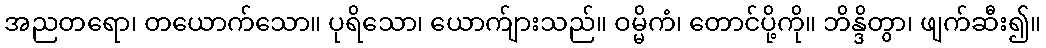
အညတရော၊ တယောက်သော။ ပုရိသော၊ ယောက်ျားသည်။ ဝမ္မိကံ၊ တောင်ပို့ကို။ ဘိန္ဒိတွာ၊ ဖျက်ဆီး၍။